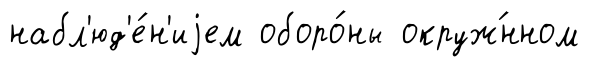
набл'юд'е́н'иjем оборо́ны окруж́нном